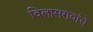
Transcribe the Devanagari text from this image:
विलासरावांचे